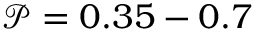
\mathcal { P } = 0 . 3 5 - 0 . 7